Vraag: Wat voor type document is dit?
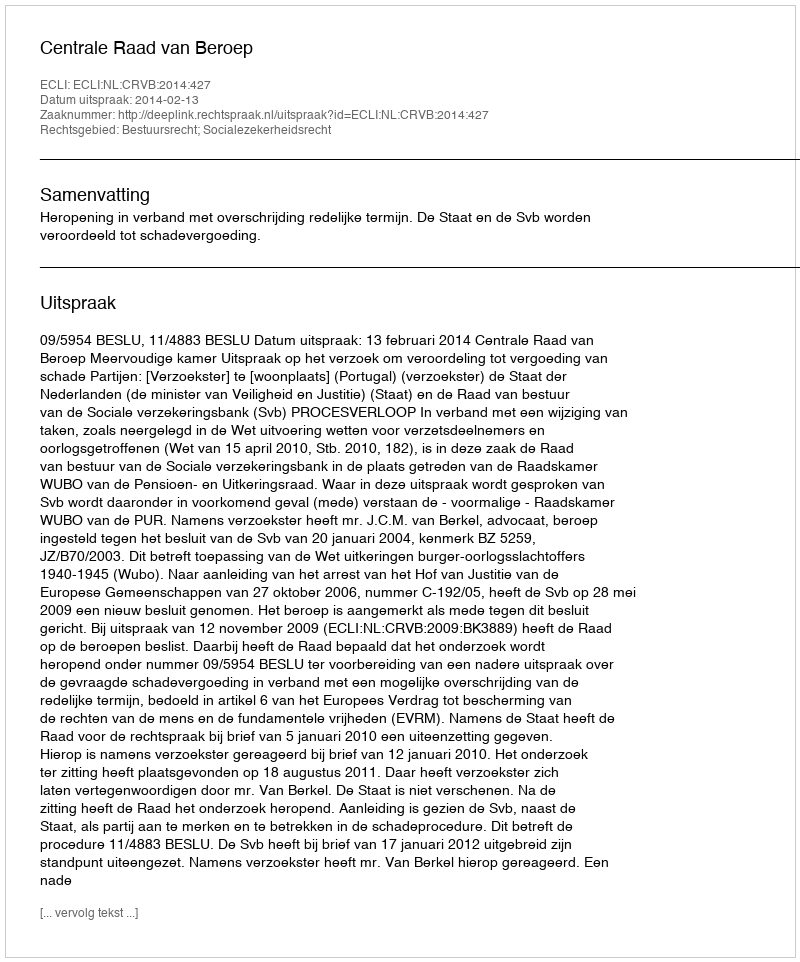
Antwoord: Uitspraak